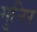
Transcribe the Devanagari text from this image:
मुनिर